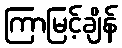
ကြာမြင့်ချိန်